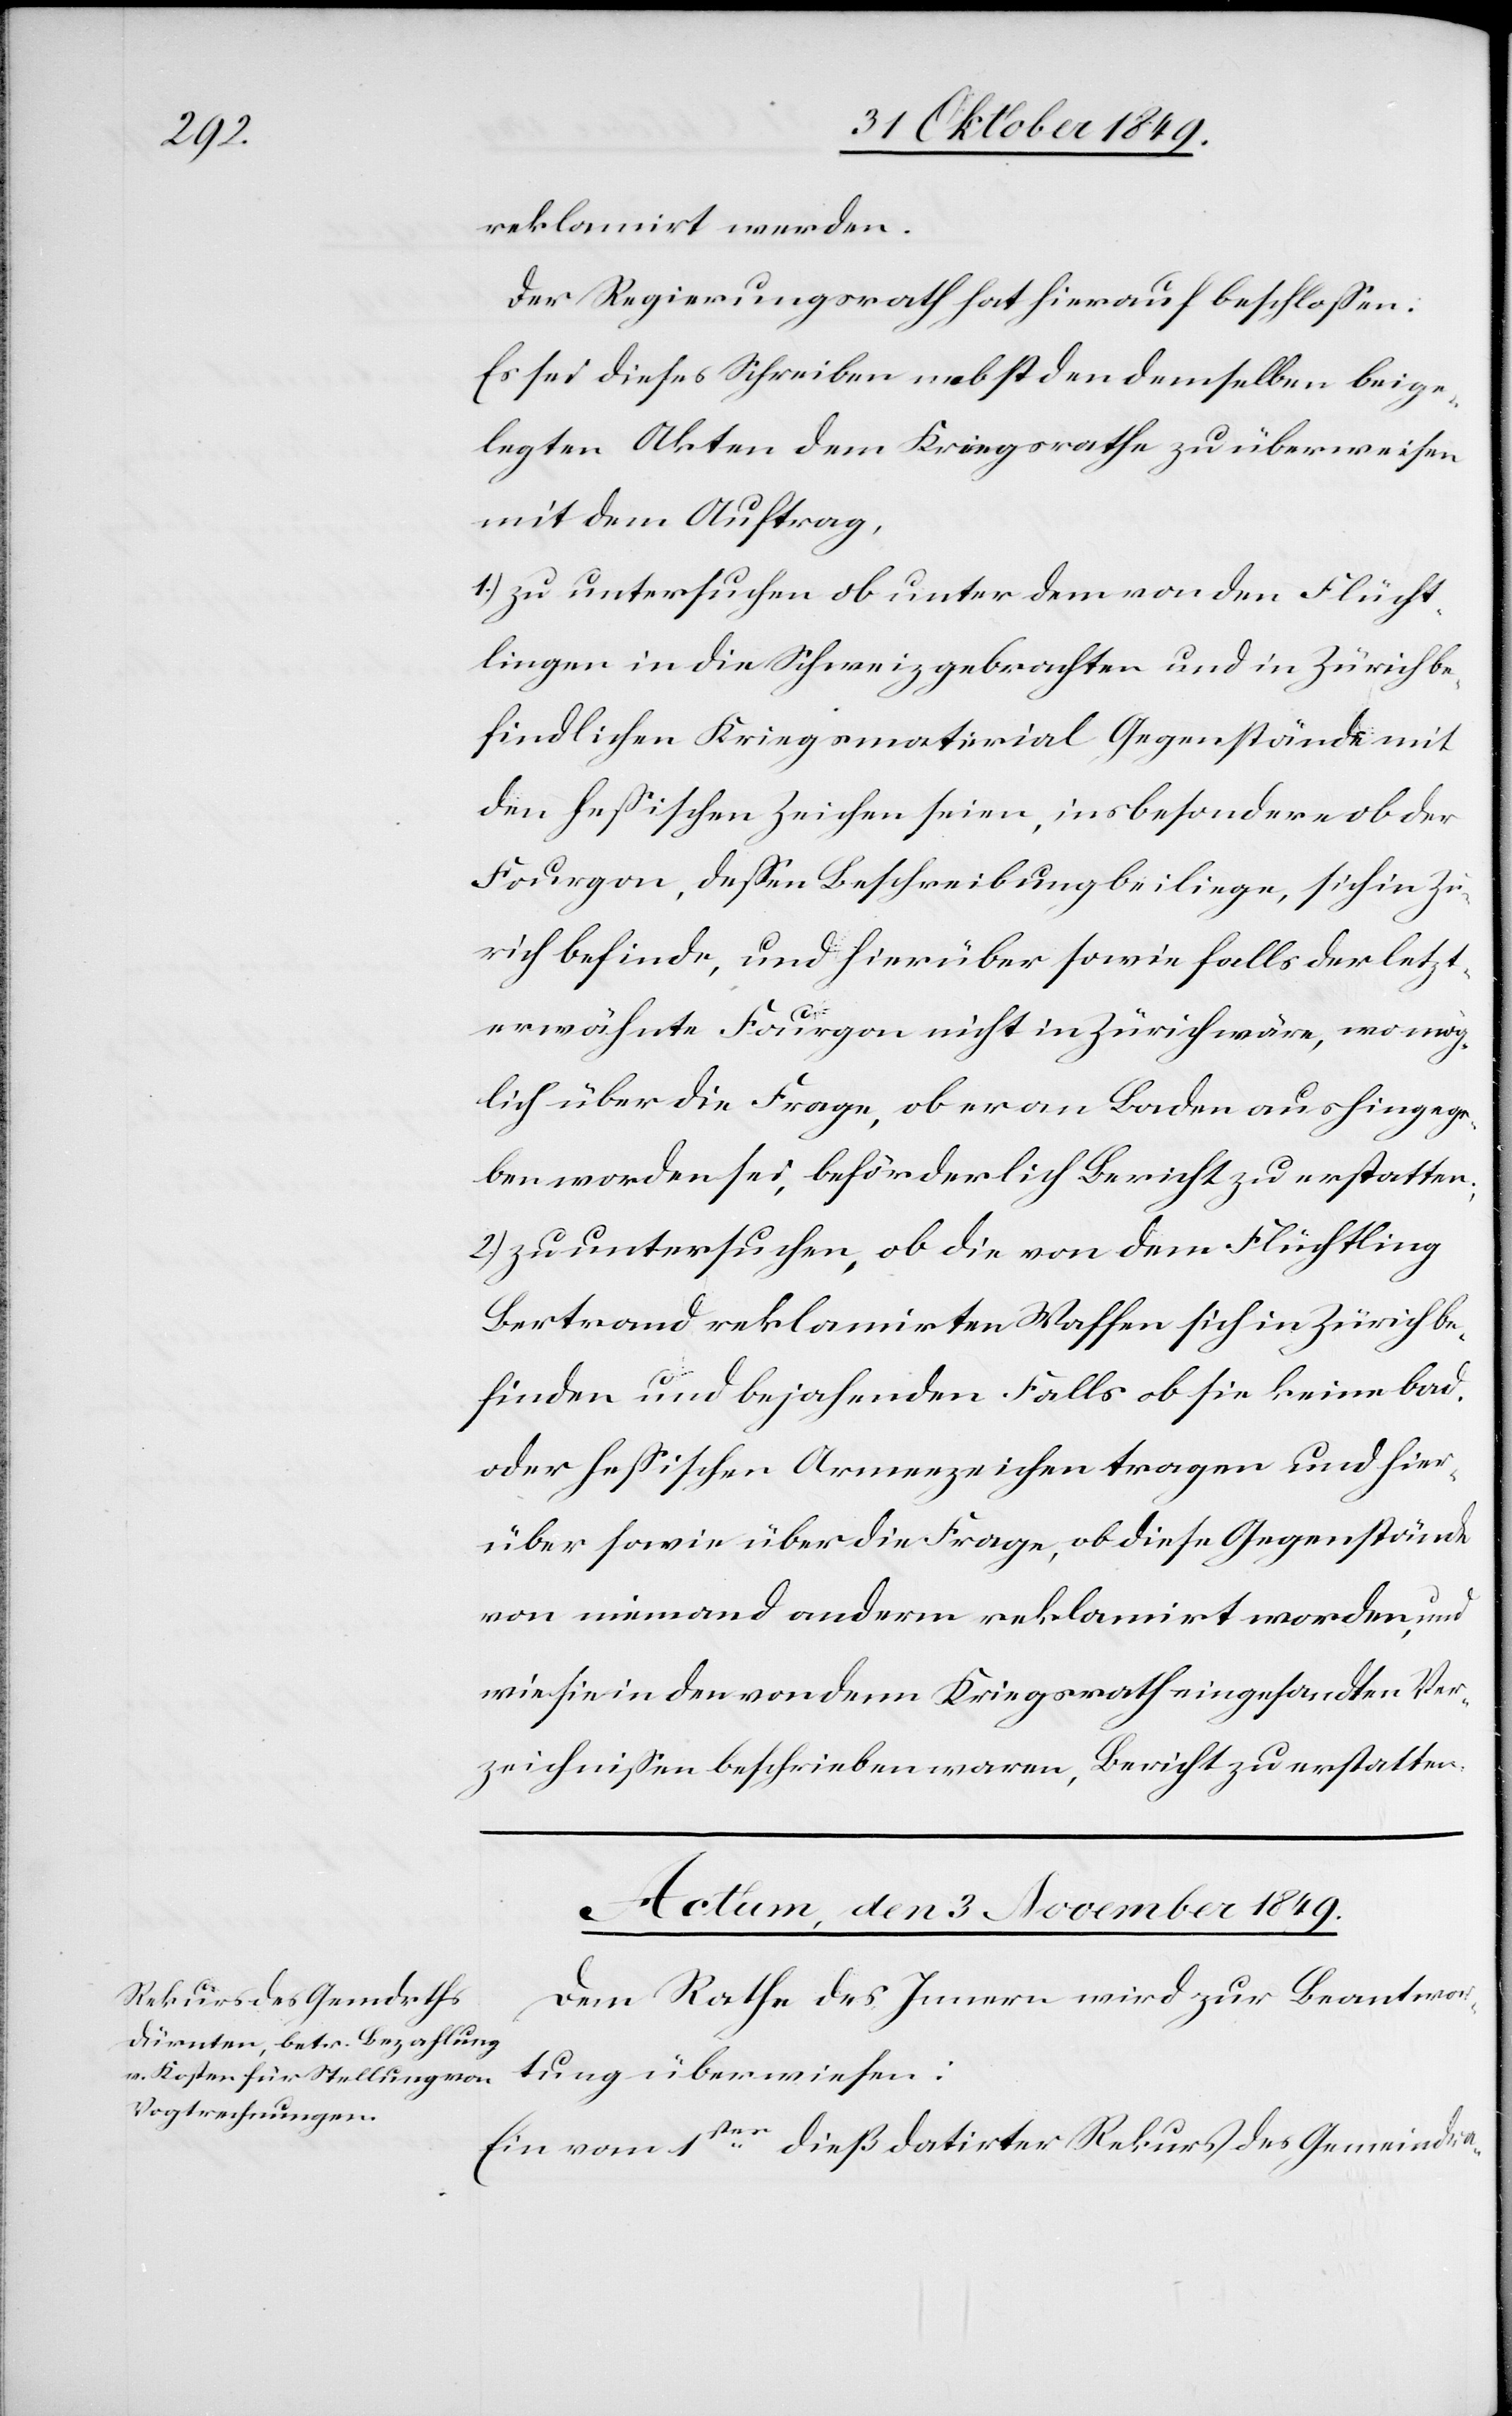
reklamirt werden.
Der Regierungsrath hat hierauf beschloßen:
Es sei dieses Schreiben nebst den demselben beige¬
legten Akten dem Kriegsrathe zu überweisen
mit dem Auftrag,
1.) zu untersuchen ob unter dem von den Flücht¬
lingen in die Schweiz gebrachten und in Zürich be¬
findlichen Kriegsmaterial Gegenstände mit
den heßischen Zeichen seien, insbesondere ob der
Fourgon, deßen Beschreibung beiliege, sich in Zü¬
rich befinde, und hierüber sowie falls der letzt¬
erwähnte Fourgon nicht in Zürich wäre, wo mög¬
lich über die Frage, ob er an Baden aushingege¬
ben worden sei, beförderlich Bericht zu erstatten;
2.) zu untersuchen, ob die von dem Flüchtling
Bertrand reklamirten Waffen sich in Zürich be¬
finden und bejahenden Falls ob sie keine bad.
oder heßischen Armeezeichen tragen und hier¬
über sowie über die Frage, ob diese Gegenstände
von niemand anderm reklamirt worden, und
wie sie in den von dem Kriegsrathe eingesandten Ver¬
zeichniße beschrieben waren, Bericht zu erstatten.
Actum, den 3 November 1849.
Dem Rathe des Innern wird zur Beantwor¬
tung überwiesen:
Ein vom 1sten dieß datirter Rekurs des Gemeindra-